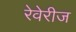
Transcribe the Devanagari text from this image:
रेवेरीज